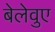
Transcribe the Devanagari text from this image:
बेलेवुए